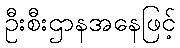
ဦးစီးဌာနအနေဖြင့်